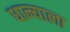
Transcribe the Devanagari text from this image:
धान्याला